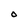
Character: O